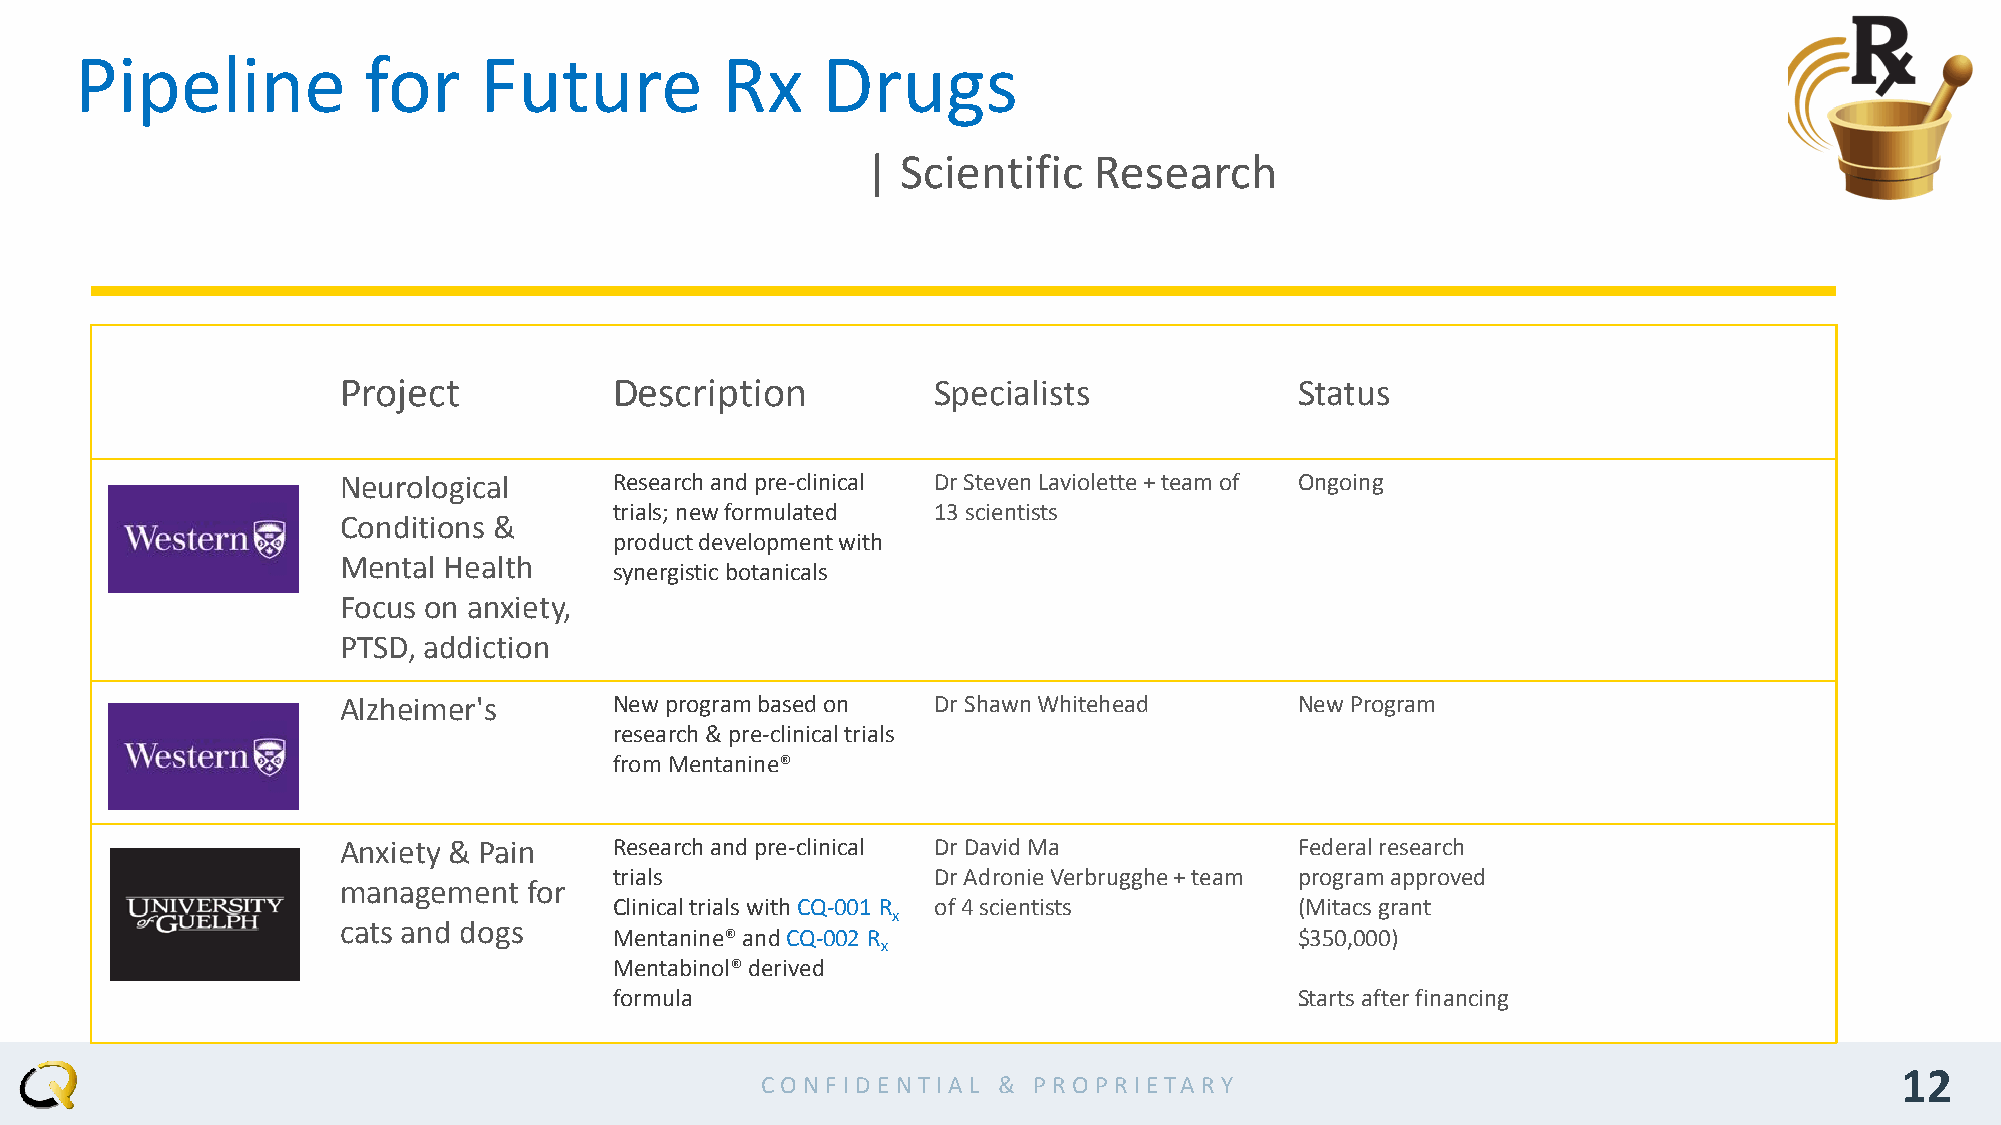
Pipeline           for     Future          Rx    Drugs
 |  Scientific  Research
 Project           Description          Specialists             Status
 Neurological      Research and pre-clinical Dr Steven Laviolette + team of Ongoing
 trials; new formulated 13 scientists
 Conditions &
 product development with
 Mental Health
 synergistic botanicals
 Focus on anxiety,
 PTSD, addiction
 Alzheimer's       New program based on Dr Shawn Whitehead      New Program
 research & pre-clinical trials
 from Mentanine®
 Anxiety & Pain    Research and pre-clinical Dr David Ma        Federal research
 trials               Dr Adronie Verbrugghe + team program approved
 management  for
 Clinical trials with CQ-001 R of4 scientists (Mitacs grant
 x
 cats and dogs
 Mentanine® and CQ-002 R                      $350,000)
 x
 Mentabinol® derived
 formula                                      Starts after financing
 12
 CO N F ID EN TIA L & PRO PR IETA RY